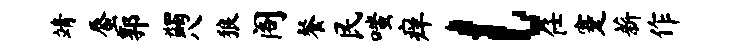
靖蜃郭蠲八狼阁餐民嗤痒l任蹇薪作